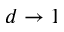
d \rightarrow 1